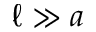
\ell \gg a